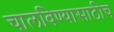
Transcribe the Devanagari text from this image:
चालविण्यासाठीच